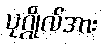
ပုဂ္ဂိုလ်အား